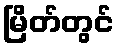
မြိတ်တွင်